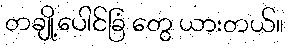
တချို့ပေါင်ခြံ တွေ ယားတယ်။